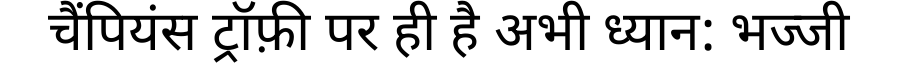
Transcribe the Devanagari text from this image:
चैंपियंस ट्रॉफ़ी पर ही है अभी ध्यान: भज्जी